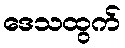
ဒေသထွက်